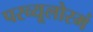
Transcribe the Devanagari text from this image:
परव्यूलोरमं